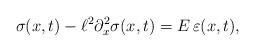
LaTeX: \begin{align*}\sigma (x,t)-\ell^2 \partial_x^2 \sigma (x,t)= E\,\varepsilon(x,t),\end{align*}